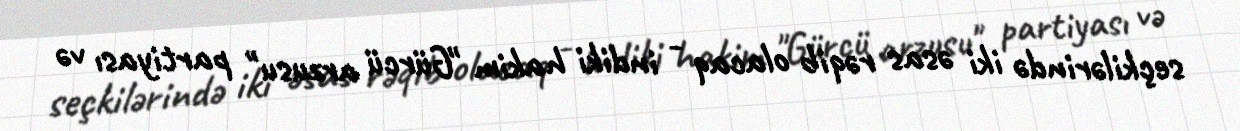
seçkilərində iki əsas rəqib olacaq - indiki hakim "Gürcü arzusu" partiyası və